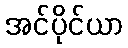
အင်ပိုင်ယာ